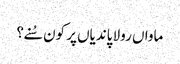
ماواں رولا پاندیاں پر کون سُنے؟